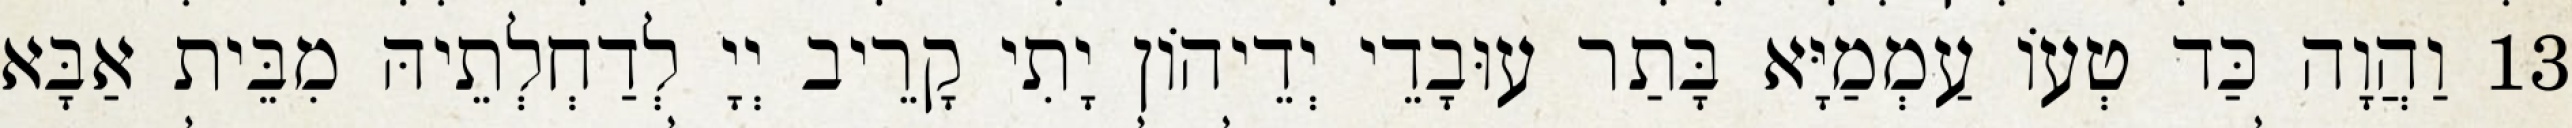
13 וַהֲוָה כַּד טְעוֹ עַמְמַיָּא בָּתַר עוּבָדֵי יְדֵיהוֹן יָתִי קָרֵיב יְיָ לְדַחְלְתֵיהּ מִבֵּית אַבָּא